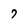
Character: 7